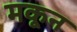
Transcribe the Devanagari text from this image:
मकून